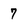
Character: 7